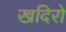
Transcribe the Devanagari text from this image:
खदिरो